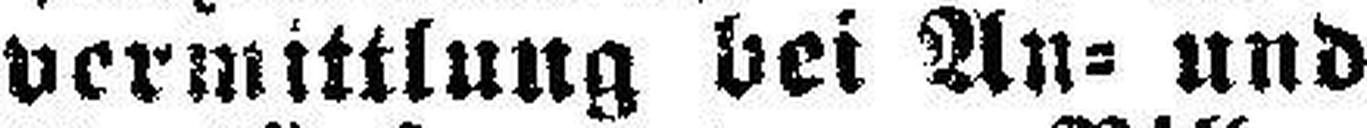
vermittlung bei An- und